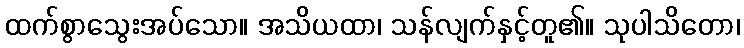
ထက်စွာသွေးအပ်သော။ အသိယထာ၊ သန်လျက်နှင့်တူ၏။ သုပါသိတော၊